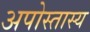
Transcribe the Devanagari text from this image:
अपोस्तास्य